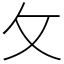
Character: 攵